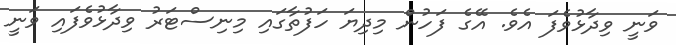
ވަނީ ވިދާޅުވެފަ އެވެ. އޭގެ ފަހުން މިދިޔަ ހަފުތާގައި މިނިސްޓަރު ވިދާޅުވެފައި ވަނީ